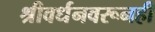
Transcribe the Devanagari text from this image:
श्रीवर्धनवरूनही